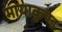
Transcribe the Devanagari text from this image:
मायाकुण्ड